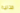
قتالية